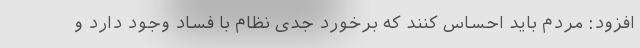
افزود: مردم باید احساس کنند که برخورد جدی نظام با فساد وجود دارد و